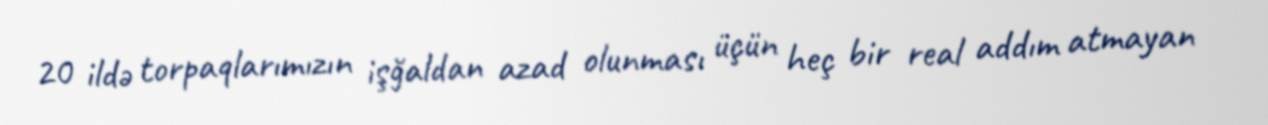
20 ildə torpaqlarımızın işğaldan azad olunması üçün heç bir real addım atmayan